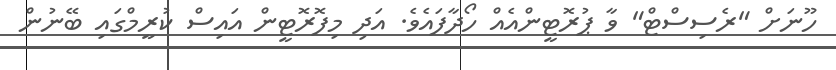
ހޫނަށް "ރެސިސްޓް" ވާ ޕުރޮޓީންއެއް ހޯދާފައެވެ. އަދި މިފޮރޮޓީން އައިސް ކުރީމްގައި ބޭނުން